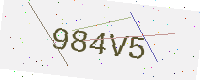
Text: 984V5